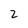
Character: 2